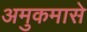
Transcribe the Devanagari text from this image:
अमुकमासे